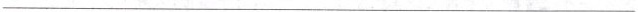
___